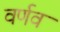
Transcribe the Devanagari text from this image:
वर्णव